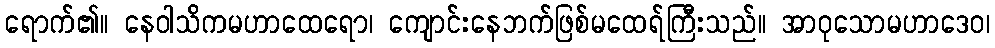
ရောက်၏။ နေဝါသိကမဟာထေရော၊ ကျောင်းနေဘက်ဖြစ်မထေရ်ကြီးသည်။ အာဝုသောမဟာဒေဝ၊